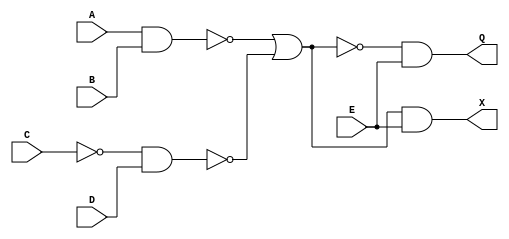
module problem5b_18101707(A,B,C,D,E,Q,X);

input A,B,C,D,E;
output Q,X;
assign Q = ( ~(~(A & B) |  ~(~C & D)) & E );
assign X = (  (~(A & B) |  ~(~C & D)) & E );

endmodule